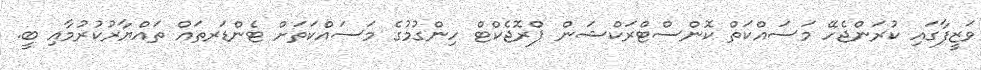
ވަޒީފާގައި ކުރަންޖެހޭ މަސައްކަތް ކޮންސްޓްރަކްޝަން ޕްރޮޖެކްޓް ހިންގުމުގެ މަސައްކަތަށް ޓެންޑަރތައް ތައްޔާރުކުރުމާއި ބީ.